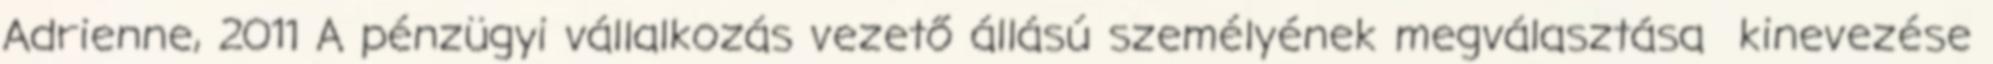
Adrienne, 2011 A pénzügyi vállalkozás vezető állású személyének megválasztása kinevezése